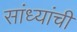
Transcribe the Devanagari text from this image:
सांध्यांची